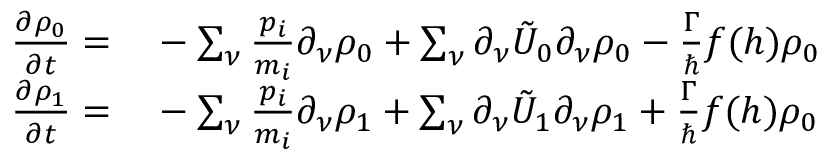
\begin{array} { r l } { \frac { \partial \rho _ { 0 } } { \partial t } = } & { { } - \sum _ { \nu } \frac { p _ { i } } { m _ { i } } \partial _ { \nu } \rho _ { 0 } + \sum _ { \nu } \partial _ { \nu } \tilde { U } _ { 0 } \partial _ { \nu } \rho _ { 0 } - \frac { \Gamma } { \hbar } f ( h ) \rho _ { 0 } } \\ { \frac { \partial \rho _ { 1 } } { \partial t } = } & { { } - \sum _ { \nu } \frac { p _ { i } } { m _ { i } } \partial _ { \nu } \rho _ { 1 } + \sum _ { \nu } \partial _ { \nu } \tilde { U } _ { 1 } \partial _ { \nu } \rho _ { 1 } + \frac { \Gamma } { \hbar } f ( h ) \rho _ { 0 } } \end{array}